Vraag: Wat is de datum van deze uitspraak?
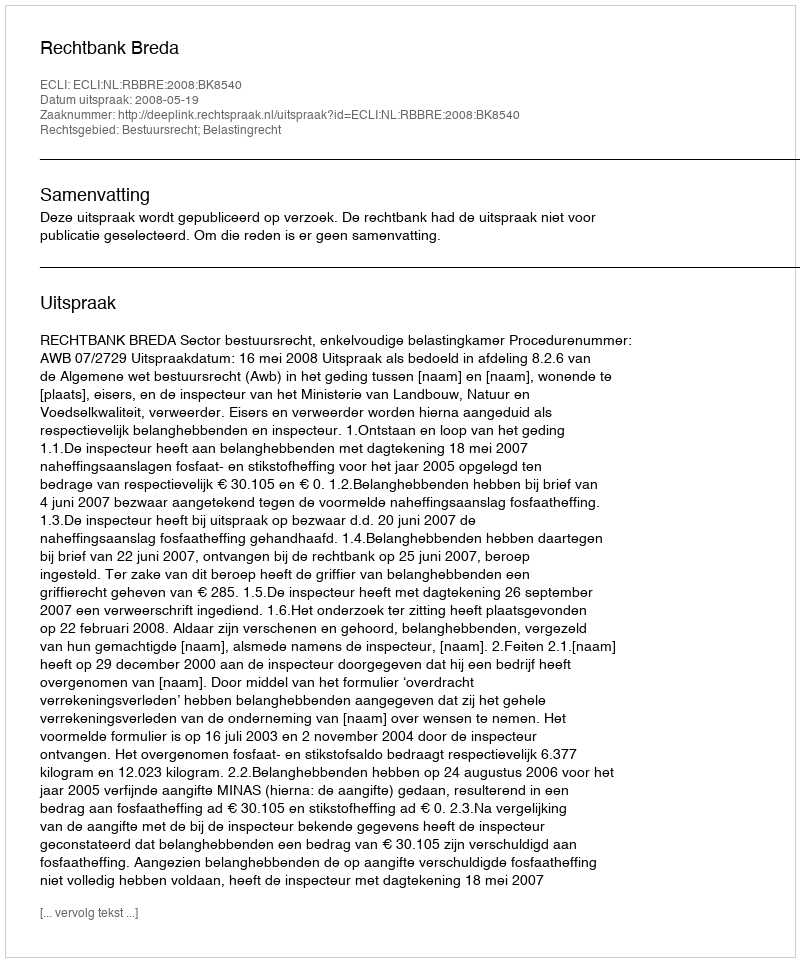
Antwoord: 2008-05-19